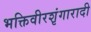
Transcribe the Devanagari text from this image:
भक्तिवीरशृंगारादी